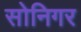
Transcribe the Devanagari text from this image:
सोनिगर